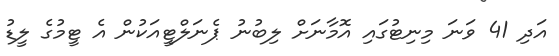
އަދި 41 ވަނަ މިނިޓުގައި އޮމާނަށް ލިބުނު ޕެނަލްޓީއަކުން އެ ޓީމުގެ ލީޑު